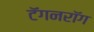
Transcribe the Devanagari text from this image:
टॅगनरॉग